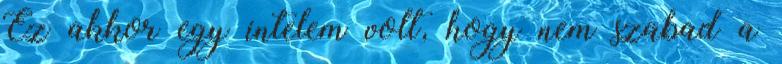
Ez akkor egy intelem volt, hogy nem szabad a